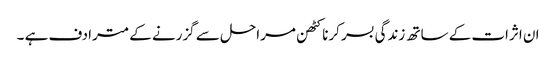
ان اثرات کے ساتھ زندگی بسر کرنا کٹھن مراحل سے گزرنے کے مترادف ہے ۔